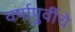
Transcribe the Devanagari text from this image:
वर्षापुर्वीचे